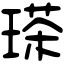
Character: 𤨓